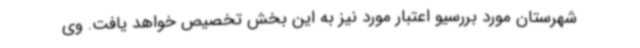
شهرستان مورد بررسیو اعتبار مورد نیز به این بخش تخصیص خواهد یافت. وی